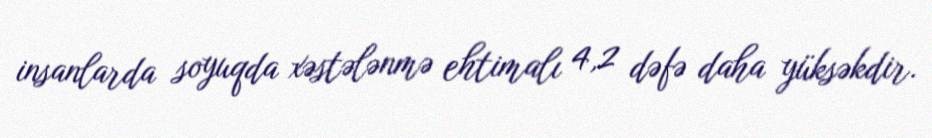
insanlarda soyuqda xəstələnmə ehtimalı 4,2 dəfə daha yüksəkdir.